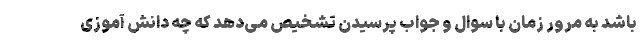
باشد به مرور زمان با سوال و جواب پرسیدن تشخیص می‌دهد که چه دانش آموزی